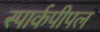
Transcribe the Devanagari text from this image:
स्पार्कपीपल